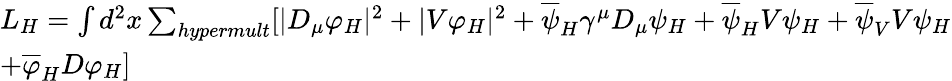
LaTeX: \begin{array}{lcr}{{L_{H}=\int d^{2}x\sum_{hypermult}[|D_{\mu}\varphi_{H}|^{2}+|V\varphi_{H}|^{2}+\overline{{{\psi}}}_{H}\gamma^{\mu}D_{\mu}\psi_{H}+\overline{{{\psi}}}_{H}V{\psi}_{H}+\overline{{{\psi}}}_{V}V{\psi}_{H}}}\\ {{+\overline{{\varphi}}_{H}D\varphi_{H}]}}\end{array}